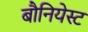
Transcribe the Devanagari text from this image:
बौनियेस्ट